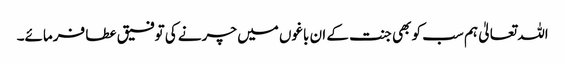
اللہ تعالیٰ ہم سب کو بھی جنت کے ان باغوں میں چرنے کی توفیق عطا فرمائے۔